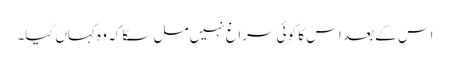
اس کے بعد اس کا کوئی سراغ نہیں مل سکا کہ وہ کہاں گیا۔